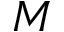
M